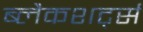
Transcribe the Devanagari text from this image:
ब्लैकशर्ट्स